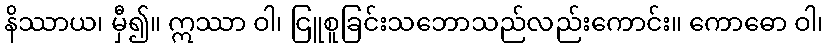
နိဿာယ၊ မှီ၍။ ဣဿာ ဝါ၊ ငြူစူခြင်းသဘောသည်လည်းကောင်း။ ကောဓော ဝါ၊